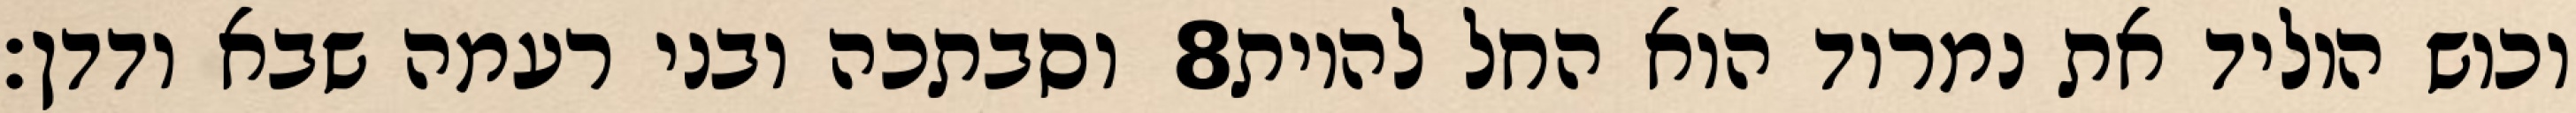
וסבתכה ובני רעמה שבא ודדן׃ ‎8‏ וכוש הוליד את נמרוד הוא החל להיות